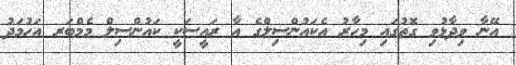
އޭނާ ވިދާޅުވި ގޮތުގައި މިހާރު އެކައުންސިލްގެ އާ ރައީސަކީ ކައުންސިލް މެމްބަރ އަހުމަދު